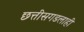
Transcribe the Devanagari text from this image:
छत्तीसगडलाही